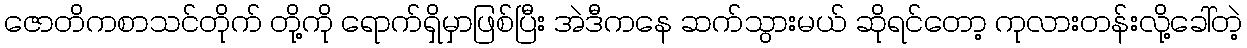
ဇောတိကစာသင်တိုက် တို့ကို ရောက်ရှိမှာဖြစ်ပြီး အဲဒီကနေ ဆက်သွားမယ် ဆိုရင်တော့ ကုလားတန်းလို့ခေါ်တဲ့